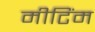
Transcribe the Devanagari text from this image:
मीटिंम